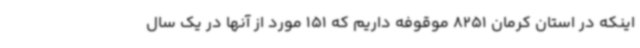
اینکه در استان کرمان 8251 موقوفه داریم که 151 مورد از آنها در یک سال